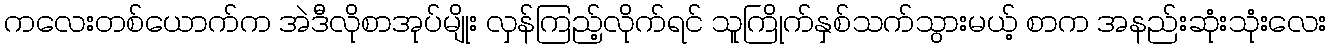
ကလေးတစ်ယောက်က အဲဒီလိုစာအုပ်မျိုး လှန်ကြည့်လိုက်ရင် သူကြိုက်နှစ်သက်သွားမယ့် စာက အနည်းဆုံးသုံးလေး